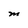
Character: M